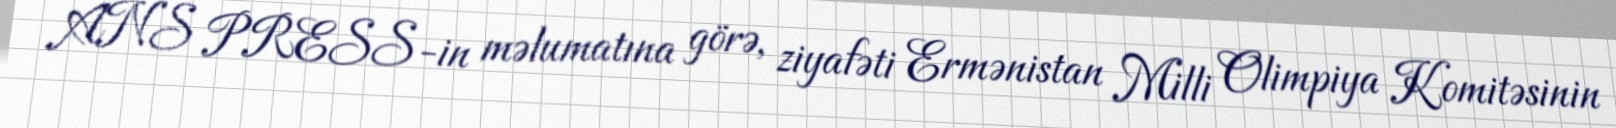
ANS PRESS-in məlumatına görə, ziyafəti Ermənistan Milli Olimpiya Komitəsinin